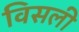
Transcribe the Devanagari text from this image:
विसली